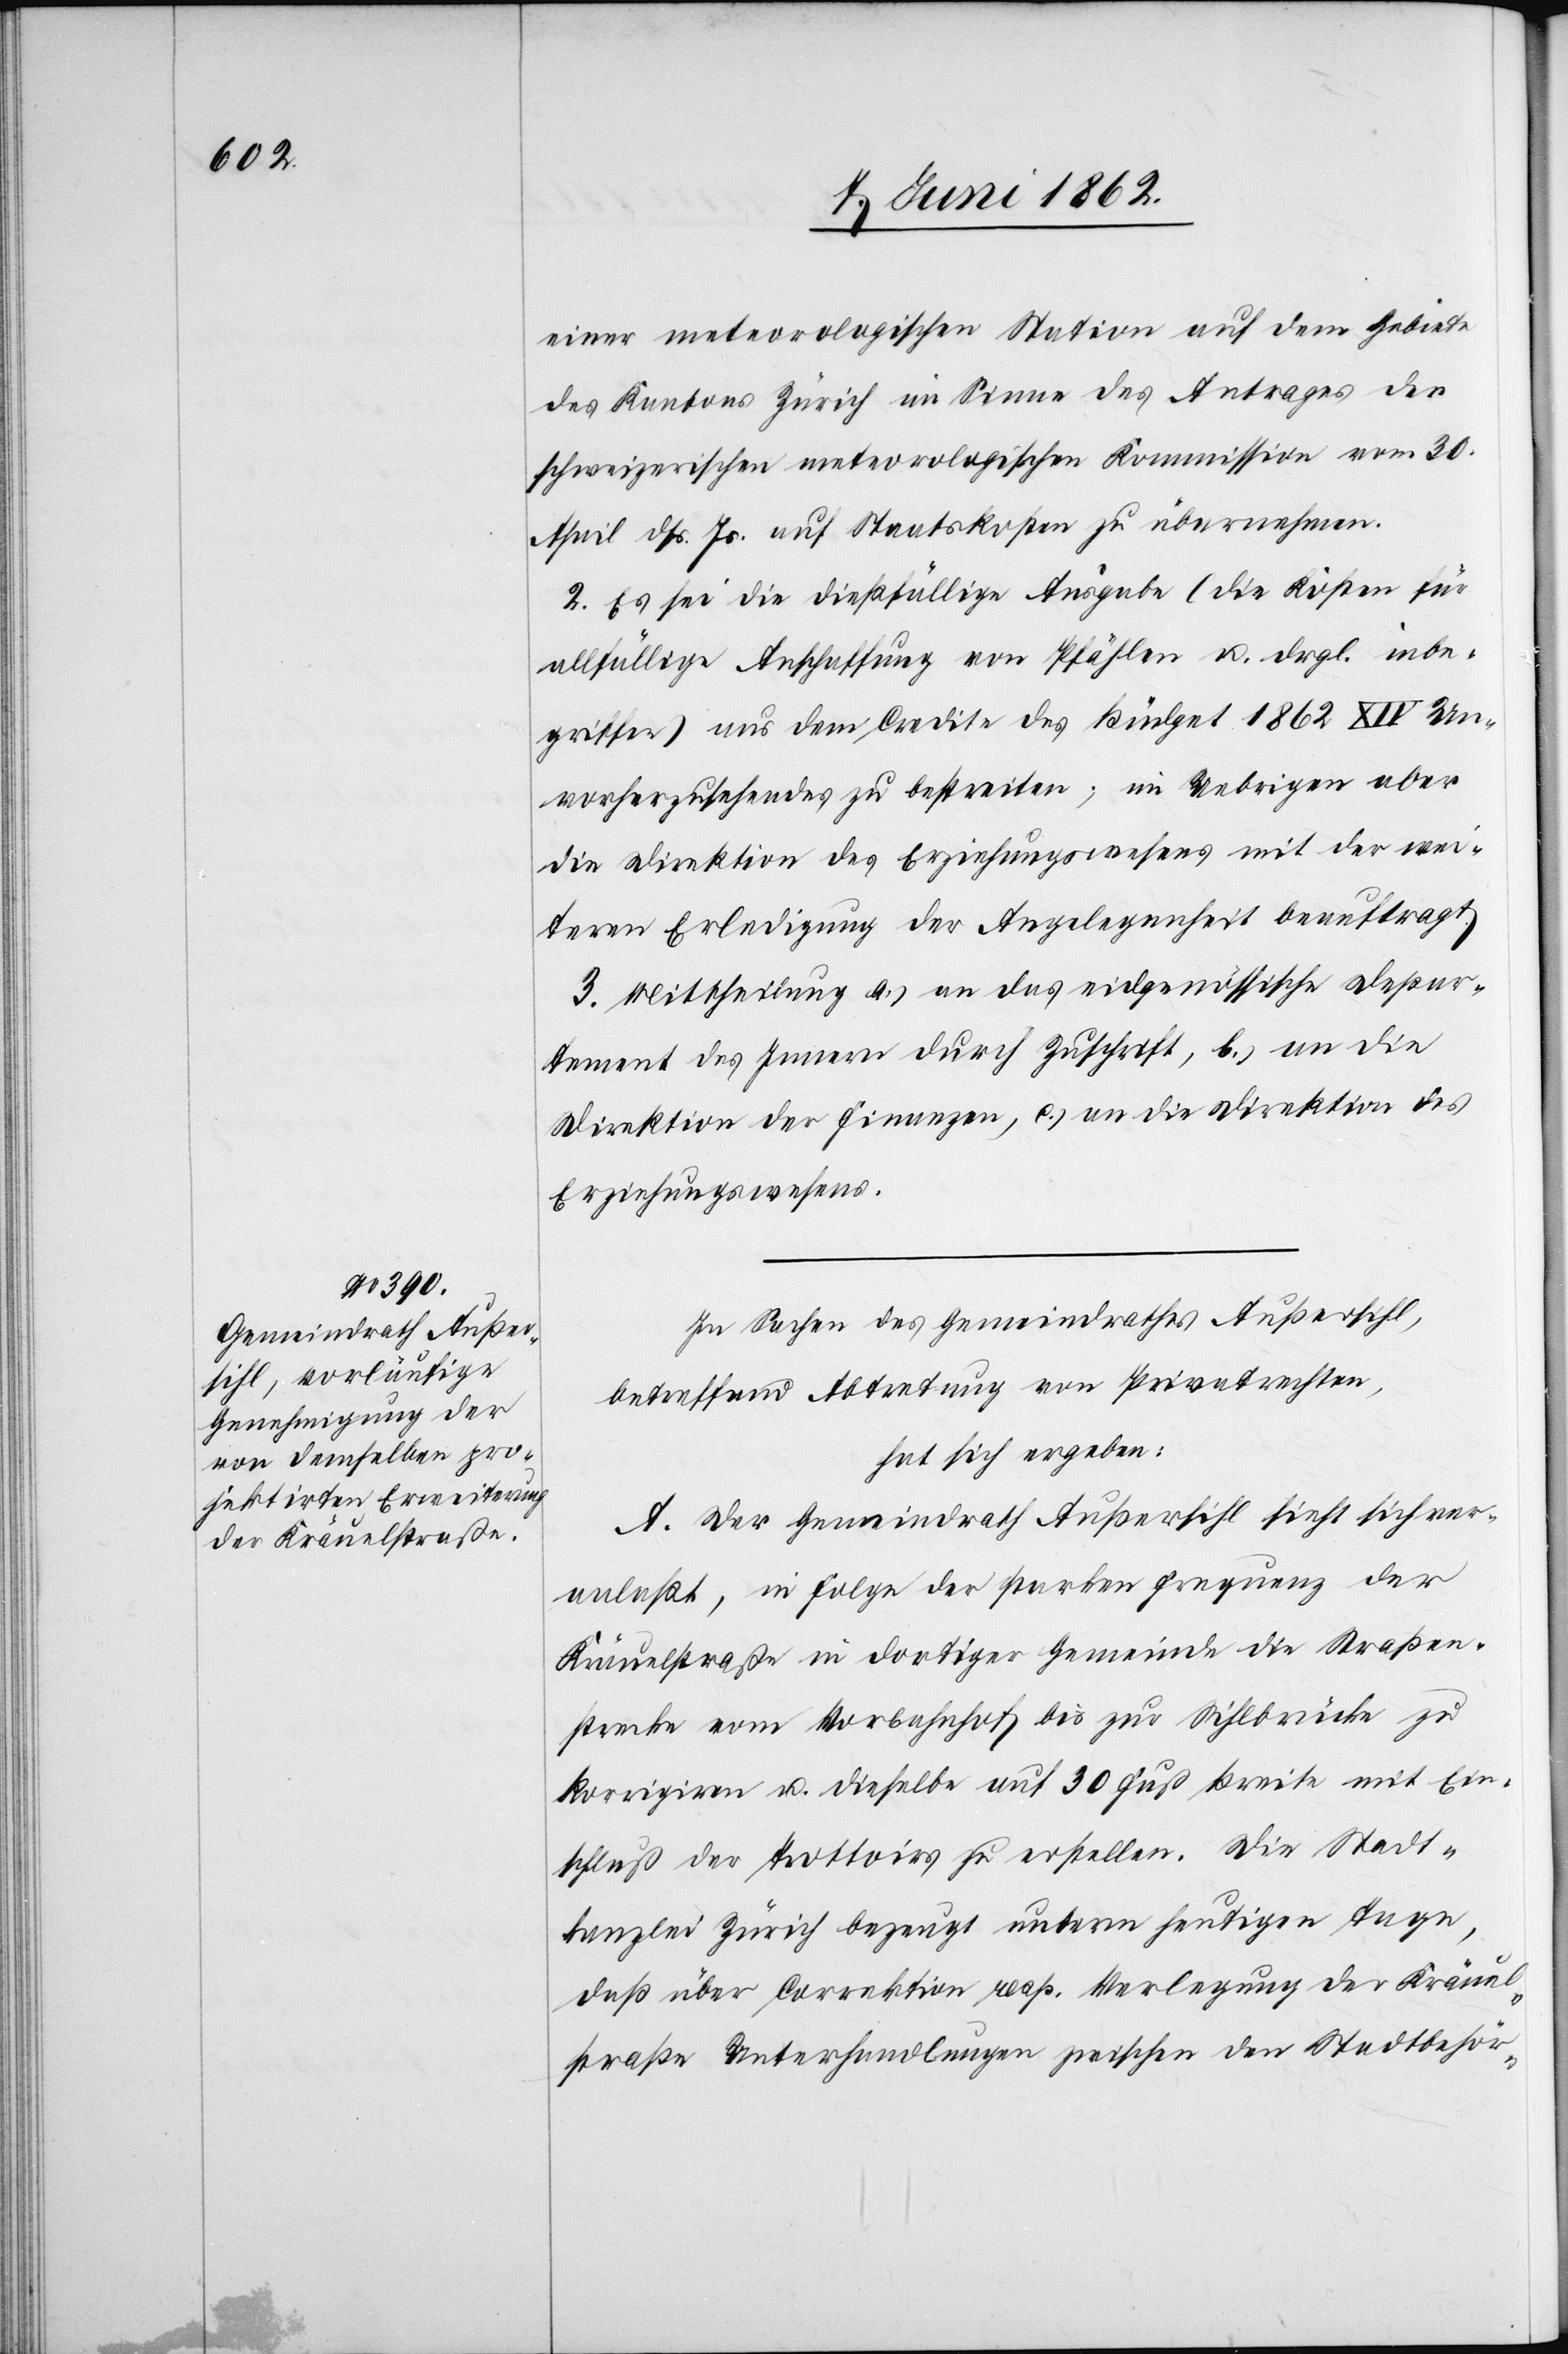
einer meteorologischen Station auf dem Gebiete
des Kantons Zürich im Sinne des Antrages der
schweizerischen meteorologischen Kommission vom 30.
April dß. Js. auf Staatskosten zu übernehmen.
2. Es sei die dießfällige Ausgabe (die Kosten für
allfällige Anschaffung von Pfählen u. drgl. inbe¬
griffen) aus dem Credite des Büdget 1862 XIV Un¬
vorherzusehendes zu bestreiten; im Uebrigen aber
die Direktion des Erziehungswesens mit der wei¬
teren Erledigung der Angelegenheit beauftragt.
3. Mittheilung a) an das eidgenössische Depar¬
tement des Innern durch Zuschrift, b) an die
Direktion der Finanzen, c) an die Direktion des
Erziehungswesens.
In Sachen des Gemeindrathes Außersihl,
betreffend Abtretung von Privatrechten,
hat sich ergeben:
A. Der Gemeindrath Außersihl sieht sich ver¬
anlaßt, in Folge der starken Frequenz der
Kräuelstraße in dortiger Gemeinde die Straßen¬
strecke vom Vorbahnhof bis zur Sihlbrücke zu
korrigiren u. dieselbe auf 30 Fuß Breite mit Ein¬
schluß der Trottoirs zu erstellen. Die Stadt¬
kanzlei Zürich bezeugt unterm heutigen Tage,
daß über Correktion resp. Verlegung der Kräuel¬
straße Unterhandlungen zwischen den Stadtbehör-